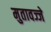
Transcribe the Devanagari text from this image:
मुतावज्जे